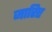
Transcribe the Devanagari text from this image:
जारिए